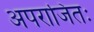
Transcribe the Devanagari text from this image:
अपराजितः